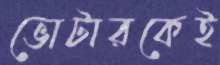
ভোটারকেই